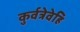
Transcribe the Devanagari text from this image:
कुर्वत्रेवेहि